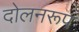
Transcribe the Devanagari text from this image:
दोलनरूप